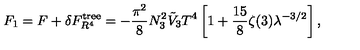
F _ { 1 } = F + \delta F _ { R ^ { 4 } } ^ { \mathrm { t r e e } } = - \frac { \pi ^ { 2 } } { 8 } N _ { 3 } ^ { 2 } \tilde { V } _ { 3 } T ^ { 4 } \left[ 1 + \frac { 1 5 } { 8 } \zeta ( 3 ) \lambda ^ { - 3 / 2 } \right] ,